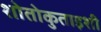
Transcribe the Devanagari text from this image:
शोतोकुताइशी